Indian journal of veterinary science and animal husbandry - Volume 8,
Year: 1938
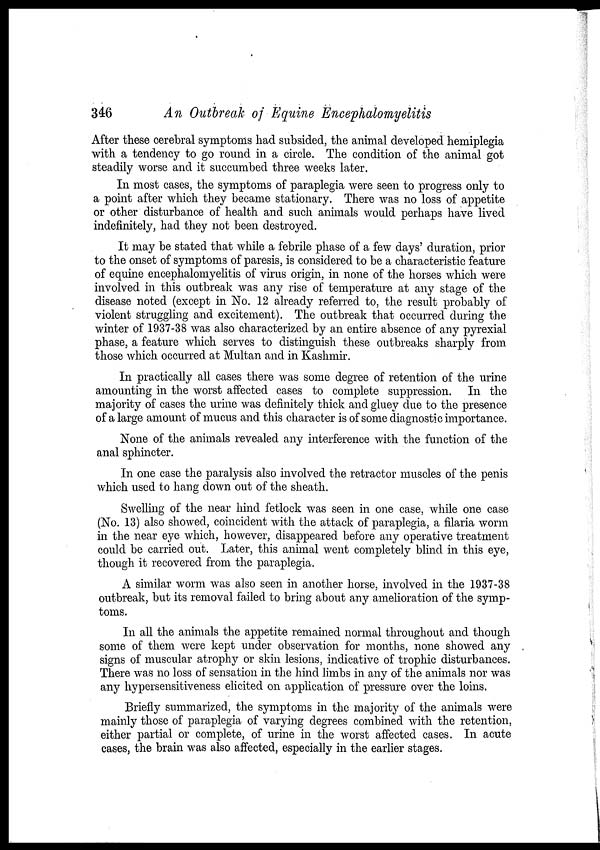
346
An
Outbreak of Equine Encephalomyelitis
After these cerebral symptoms had subsided, the animal developed hemiplegia
with a tendency to go round in a circle. The condition of the animal got
steadily worse and it succumbed three weeks later.
In most cases, the symptoms of paraplegia were seen to progress only to
a point after which they became stationary. There was no loss of appetite
or other disturbance of health and such animals would perhaps have lived
indefinitely, had they not been destroyed.
It may be stated that while a febrile phase of a few days' duration, prior
to the onset of symptoms of paresis, is considered to be a characteristic feature
of equine encephalomyelitis of virus origin, in none of the horses which were
involved in this outbreak was any rise of temperature at any stage of the
disease noted (except in No. 12 already referred to, the result probably of
violent struggling and excitement). The outbreak that occurred during the
winter of 1937-38 was also characterized by an entire absence of any pyrexial
phase, a feature which serves to distinguish these outbreaks sharply from
those which occurred at Multan and in Kashmir.
In practically all cases there was some degree of retention of the urine
amounting in the worst affected cases to complete suppression. In the
majority of cases the urine was definitely thick and gluey due to the presence
of a large amount of mucus and this character is of some diagnostic importance.
None of the animals revealed any interference with the function of the
anal sphincter.
In one case the paralysis also involved the retractor muscles of the penis
which used to hang down out of the sheath.
Swelling of the near hind fetlock was seen in one case, while one case
(No. 13) also showed, coincident with the attack of paraplegia, a filaria worm
in the near eye which, however, disappeared before any operative treatment
could be carried out. Later, this animal went completely blind in this eye,
though it recovered from the paraplegia.
A similar worm was also seen in another horse, involved in the 1937-38
outbreak, but its removal failed to bring about any amelioration of the symp-
toms.
In all the animals the appetite remained normal throughout and though
some of them were kept under observation for months, none showed any
signs of muscular atrophy or skin lesions, indicative of trophic disturbances.
There was no loss of sensation in the hind limbs in any of the animals nor was
any hypersensitiveness elicited on application of pressure over the loins.
Briefly summarized, the symptoms in the majority of the animals were
mainly those of paraplegia of varying degrees combined with the retention,
either partial or complete, of urine in the worst affected cases. In acute
cases, the brain was also affected, especially in the earlier stages.